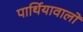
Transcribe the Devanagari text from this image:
पार्थियावालों